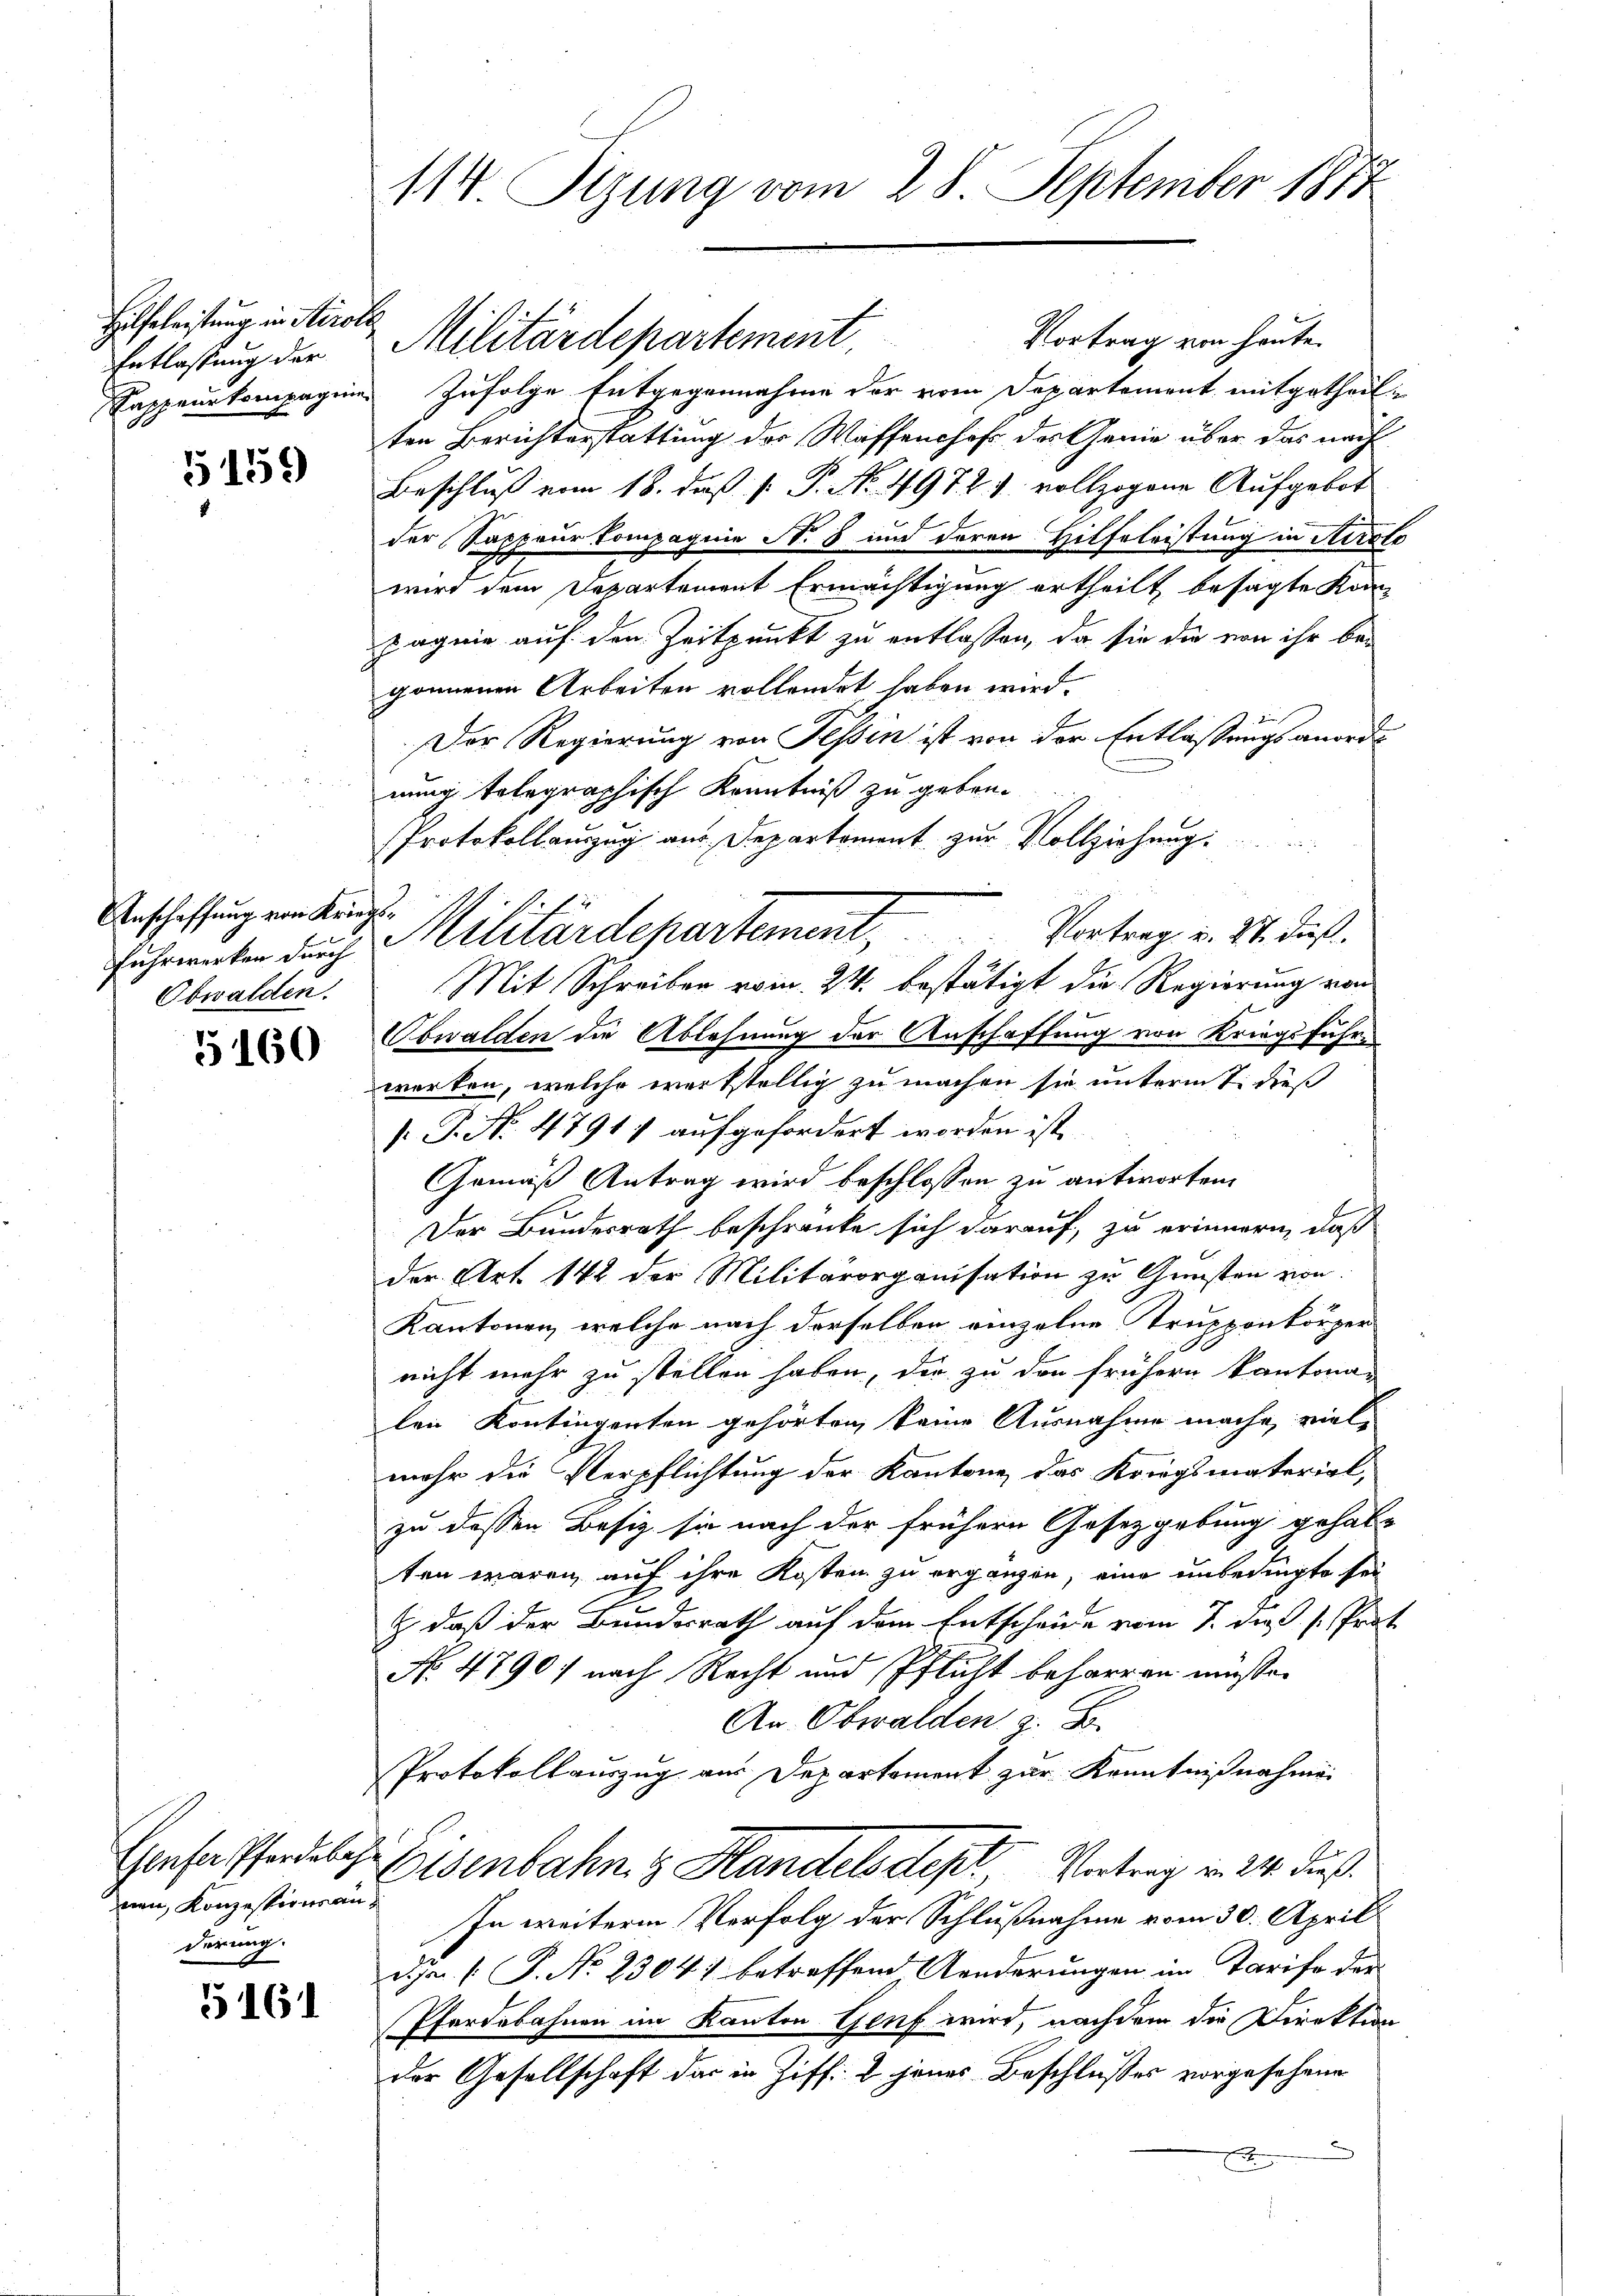
Hilfeleistung in Steroti¬
Entlassung der

5159

Anschaffung von Krie
Fuhrwerken durch
Obwalden.

5160

nen, Konzessionsan
derung.

5161

114. Sizung vom 28. September 1872

Vortrag von heute.
Kappeurkompagnie zufolge Entgegennahme der vom Departement mitgetheil
ten Berichterstattung des Waffenshof der Genie über das nach
Beschluß vom 18. daß [ P. No. 4972. 1. vollzogene Aufgebot
der Sappeurkompagnie N. 8 und deren Hilfeleistung in Airolo
wird dem Departement Ermächtigung ertheilt besagte Kon-
pagnie auf den Zeitpunkt zu entlassen, da sie die von ihr be-
gonnenen Arbeiten vollendet haben wird.
Der Regierung von Tessin ist von der Entlassungsanordnung telegraphisch Kenntniß zu geben.
Protokollauszug aus Departement zur Vollziehung.
i
Mit Schreiben vom 24. bestätigt die Regierung von
Obwalden die Ablehnung der Anschaffung von Kriegsfuhre
werken, welche werkstellig zu machen sie unterm 7. dieß
 P. Nr. 47917 aufgefordert worden ist.
Gemäß Antrag wird beschlossen zu antworten.
Der Bundesrath beschränke sich darauf, zu erinnern, daß
der Art. 142 der Militärorganisation zu Gunsten von
Kantonen, welche nach derselben einzelne Trupponkörper
nicht mehr zu stellen haben, der zu den frühern Kantona-
len Kontingenten gehörten, keine Ausnahme mache, viel-
mehr die Verpflichtung der Kantone das Kriegsmaterial,
zu dessen Besiz sie nach der frühern Gesetzgebung gehal-
ten wären, auf ihre Kosten zu ergänzen, eine unbedingte sei
& daß der Bundesrath auf dem Entscheide vom 7. dieß s. Prot
No 4790) nach Recht und Pflicht beharren müsse.
An. Obwalden z. B.
Protokollauszug aus Departement zur Kenntnißnahme
Eerfassensche Eisenbahn z. Handelsdept, Vertrag in 24. dieß.
In weiterem Verfolg der Schlußnahme vom 30. April
d.J. P. P. No 23041 betreffend Aenderungen im Tarife der
Pferdebahnen im Kanton Genf wird, nachdem die Direktion
der Gesellschaft das in Ziff. 2 jenes Beschlusses vorgesehene
x

Militärdepartement.

Militärdepartement. . . . Vortrag v. 24. dieß.